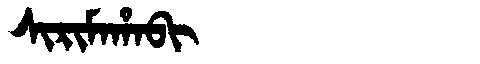
Manchu: ᠰᡳᡵᡳᠮᠠᡥᠠᠪᡳ
Romanization: SIRIMAHABI